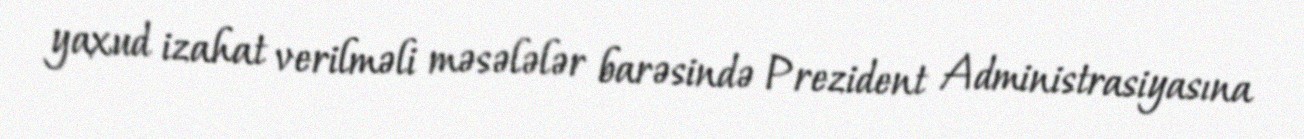
yaxud izahat verilməli məsələlər barəsində Prezident Administrasiyasına